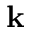
\bf k